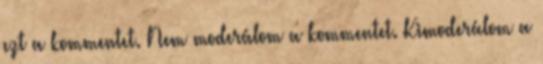
ezt a kommentet. Nem moderálom a kommentet. Kimoderálom a